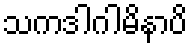
သကဒါဂါမိနာပိ